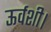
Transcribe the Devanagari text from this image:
ऊर्वशी।